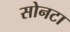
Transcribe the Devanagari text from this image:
सोनटा